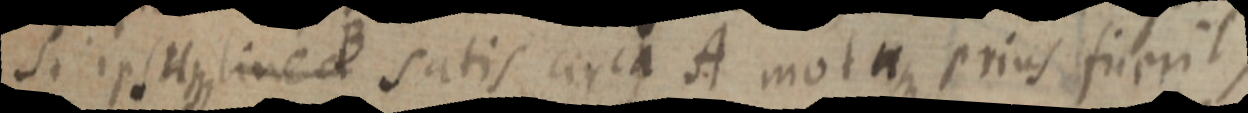
Si ipsum linea B satis circa A mota erius fuerit,